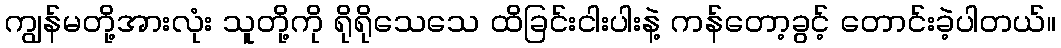
ကျွန်မတို့အားလုံး သူတို့ကို ရိုရိုသေသေ ထိခြင်းငါးပါးနဲ့ ကန်တော့ခွင့် တောင်းခဲ့ပါတယ်။